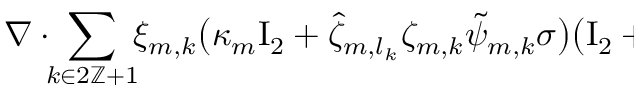
\begin{array} { r l } { \lefteqn { \nabla \cdot \! \! \sum _ { k \in 2 \ensuremath { \mathbb { Z } } + 1 } \! \! \xi _ { m , k } \bigl ( \kappa _ { m } \ensuremath { \mathrm { I } _ { 2 } } + \hat { \zeta } _ { m , l _ { k } } \zeta _ { m , k } \tilde { \psi } _ { m , k } \sigma \bigr ) \bigl ( \ensuremath { \mathrm { I } _ { 2 } } + \nabla \tilde { \Chi } _ { m , k } \bigr ) \nabla \bigl ( T _ { m - 1 } \circ X _ { m - 1 , k } \bigr ) \circ X _ { m - 1 , k } ^ { - 1 } } \quad } & { { } } \end{array}